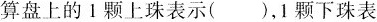
算盘上的1颗上珠表示()，1颗下珠表